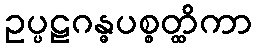
ဥပ္ပဠဂန္ဓပစ္စတ္ထိကာ